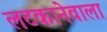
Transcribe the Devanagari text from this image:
लटकानेवाला